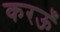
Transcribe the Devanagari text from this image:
करऊँ